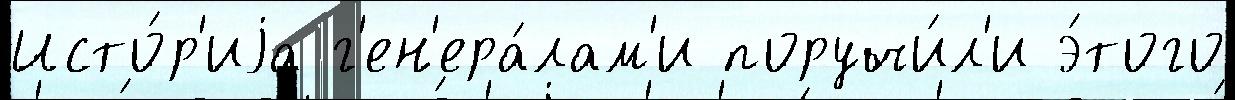
Исто́р'иjа г'ен'ера́лам'и поручи́л'и э́того